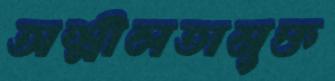
অশ্লীলতামুক্ত